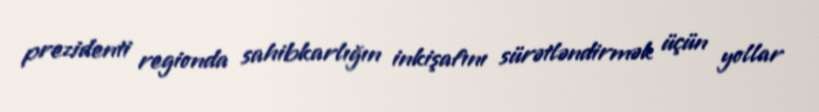
prezidenti regionda sahibkarlığın inkişafını sürətləndirmək üçün yollar